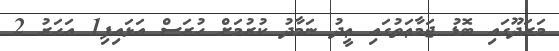
މަރަދޫގައި ބޮޑު ޖަމާޢަތުގައި ޢީދު ނަމާދު ކުރުމަށް ހުރަސް އަޅައިފި1 އަހަރު 2